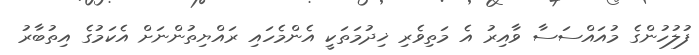
ފުލުހުންގެ މުއައްސަސާ ވާއިރު އެ މަތިވެރި ޚިދުމަތަކީ އެންމެހައި ރައްޔިތުންނަށް އެކަމުގެ އިތުބާރު